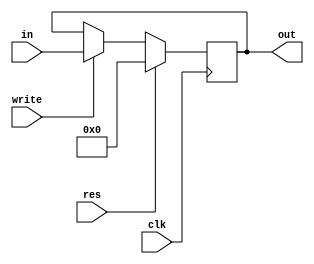
`timescale 1ns / 1ps

module PC #(parameter WIDTH = 32) (
    input clk,
    input res,
    input write,
    input [WIDTH-1:0] in,
    output reg [WIDTH-1:0] out
);

    // Program Counter: Reset or Update based on clk edge
    always @(posedge clk) begin
        // Reset the counter to 0 on reset signal
        if (res) begin
            out <= 0;
        // Update counter with input when write is enabled
        end else if (write) begin
            out <= in;
        end
    end

endmodule